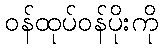
ဝန်ထုပ်ဝန်ပိုးကို